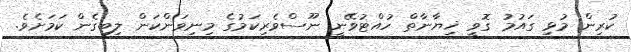
ކުރިން މުޅި ގައުމު ގޮވީ ޚިޔާނާތް ހުއްޓުވޭނީ ނޫސްވެރިކަމުގެ މިނިވަންކަން ލިބިގެން ކަމަށެވެ.